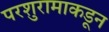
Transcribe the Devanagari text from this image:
परशुरामाकडून